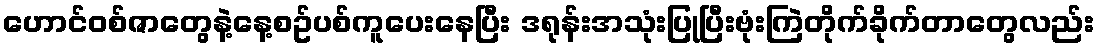
ဟောင်ဝစ်ဇာတွေနဲ့နေ့စဥ်ပစ်ကူပေးနေပြီး ဒရုန်းအသုံးပြုပြီးဗုံးကြဲတိုက်ခိုက်တာတွေလည်း